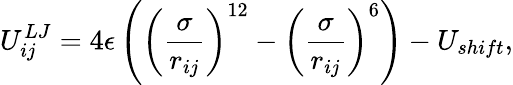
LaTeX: U_{ij}^{LJ}=4\epsilon\left(\left(\frac{\sigma}{r_{ij}}\right)^{12}-\left(\frac{\sigma}{r_{ij}}\right)^{6}\right)-U_{shift},